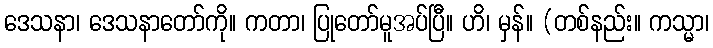
ဒေသနာ၊ ဒေသနာတော်ကို။ ကတာ၊ ပြုတော်မူအပ်ပြီ။ ဟိ၊ မှန်။ (တစ်နည်း။ ကသ္မာ၊